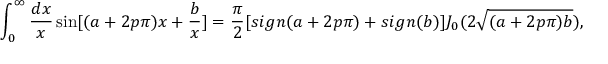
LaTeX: \int _ { 0 } ^ { \infty } { \frac { d x } { x } } \sin [ ( a + 2 p \pi ) x + { \frac { b } { x } } ] = { \frac { \pi } { 2 } } [ s i g n ( a + 2 p \pi ) + s i g n ( b ) ] J _ { 0 } ( 2 \sqrt { ( a + 2 p \pi ) b } ) ,